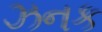
ઝનક